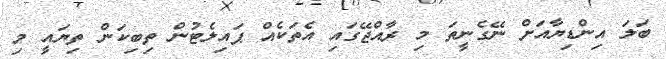
ބަލަ އިންޑިޔާއަށް ނޭގެނީތަ މި ރާއްޖޭގައި އެތަކެއް ޕައިލެޓުން ތިބިކަން ތިޔައީ މި